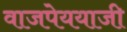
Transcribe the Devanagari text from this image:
वाजपेययाजी